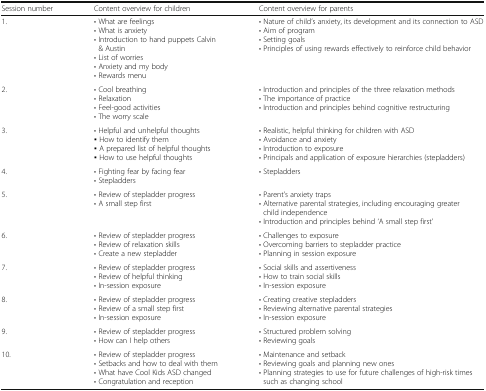
<table><thead><tr><td><b>Session number</b></td><td><b>Content overview for children</b></td><td><b>Content overview for parents</b></td></tr></thead><tbody><tr><td>1.</td><td>• What are feelings• What is anxiety• Introduction to hand puppets Calvin &amp; Austin• List of worries• Anxiety and my body• Rewards menu</td><td>• Nature of child’s anxiety, its development and its connection to ASD• Aim of program• Setting goals• Principles of using rewards effectively to reinforce child behavior</td></tr><tr><td>2.</td><td>• Cool breathing• Relaxation• Feel-good activities• The worry scale</td><td>• Introduction and principles of the three relaxation methods• The importance of practice• Introduction and principles behind cognitive restructuring</td></tr><tr><td>3.</td><td>• Helpful and unhelpful thoughts▪ How to identify them▪ A prepared list of helpful thoughts▪ How to use helpful thoughts</td><td>• Realistic, helpful thinking for children with ASD• Avoidance and anxiety• Introduction to exposure• Principals and application of exposure hierarchies (stepladders)</td></tr><tr><td>4.</td><td>• Fighting fear by facing fear• Stepladders</td><td>• Stepladders</td></tr><tr><td>5.</td><td>• Review of stepladder progress• A small step first</td><td>• Parent’s anxiety traps• Alternative parental strategies, including encouraging greater child independence• Introduction and principles behind ‘A small step first’</td></tr><tr><td>6.</td><td>• Review of stepladder progress• Review of relaxation skills• Create a new stepladder</td><td>• Challenges to exposure• Overcoming barriers to stepladder practice• Planning in session exposure</td></tr><tr><td>7.</td><td>• Review of stepladder progress• Review of helpful thinking• In-session exposure</td><td>• Social skills and assertiveness• How to train social skills• In-session exposure</td></tr><tr><td>8.</td><td>• Review of stepladder progress• Review of a small step first• In-session exposure</td><td>• Creating creative stepladders• Reviewing alternative parental strategies• In-session exposure</td></tr><tr><td>9.</td><td>• Review of stepladder progress• How can I help others</td><td>• Structured problem solving• Reviewing goals</td></tr><tr><td>10.</td><td>• Review of stepladder progress• Setbacks and how to deal with them• What have Cool Kids ASD changed• Congratulation and reception</td><td>• Maintenance and setback• Reviewing goals and planning new ones• Planning strategies to use for future challenges of high-risk times such as changing school</td></tr></tbody></table>